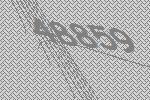
48859